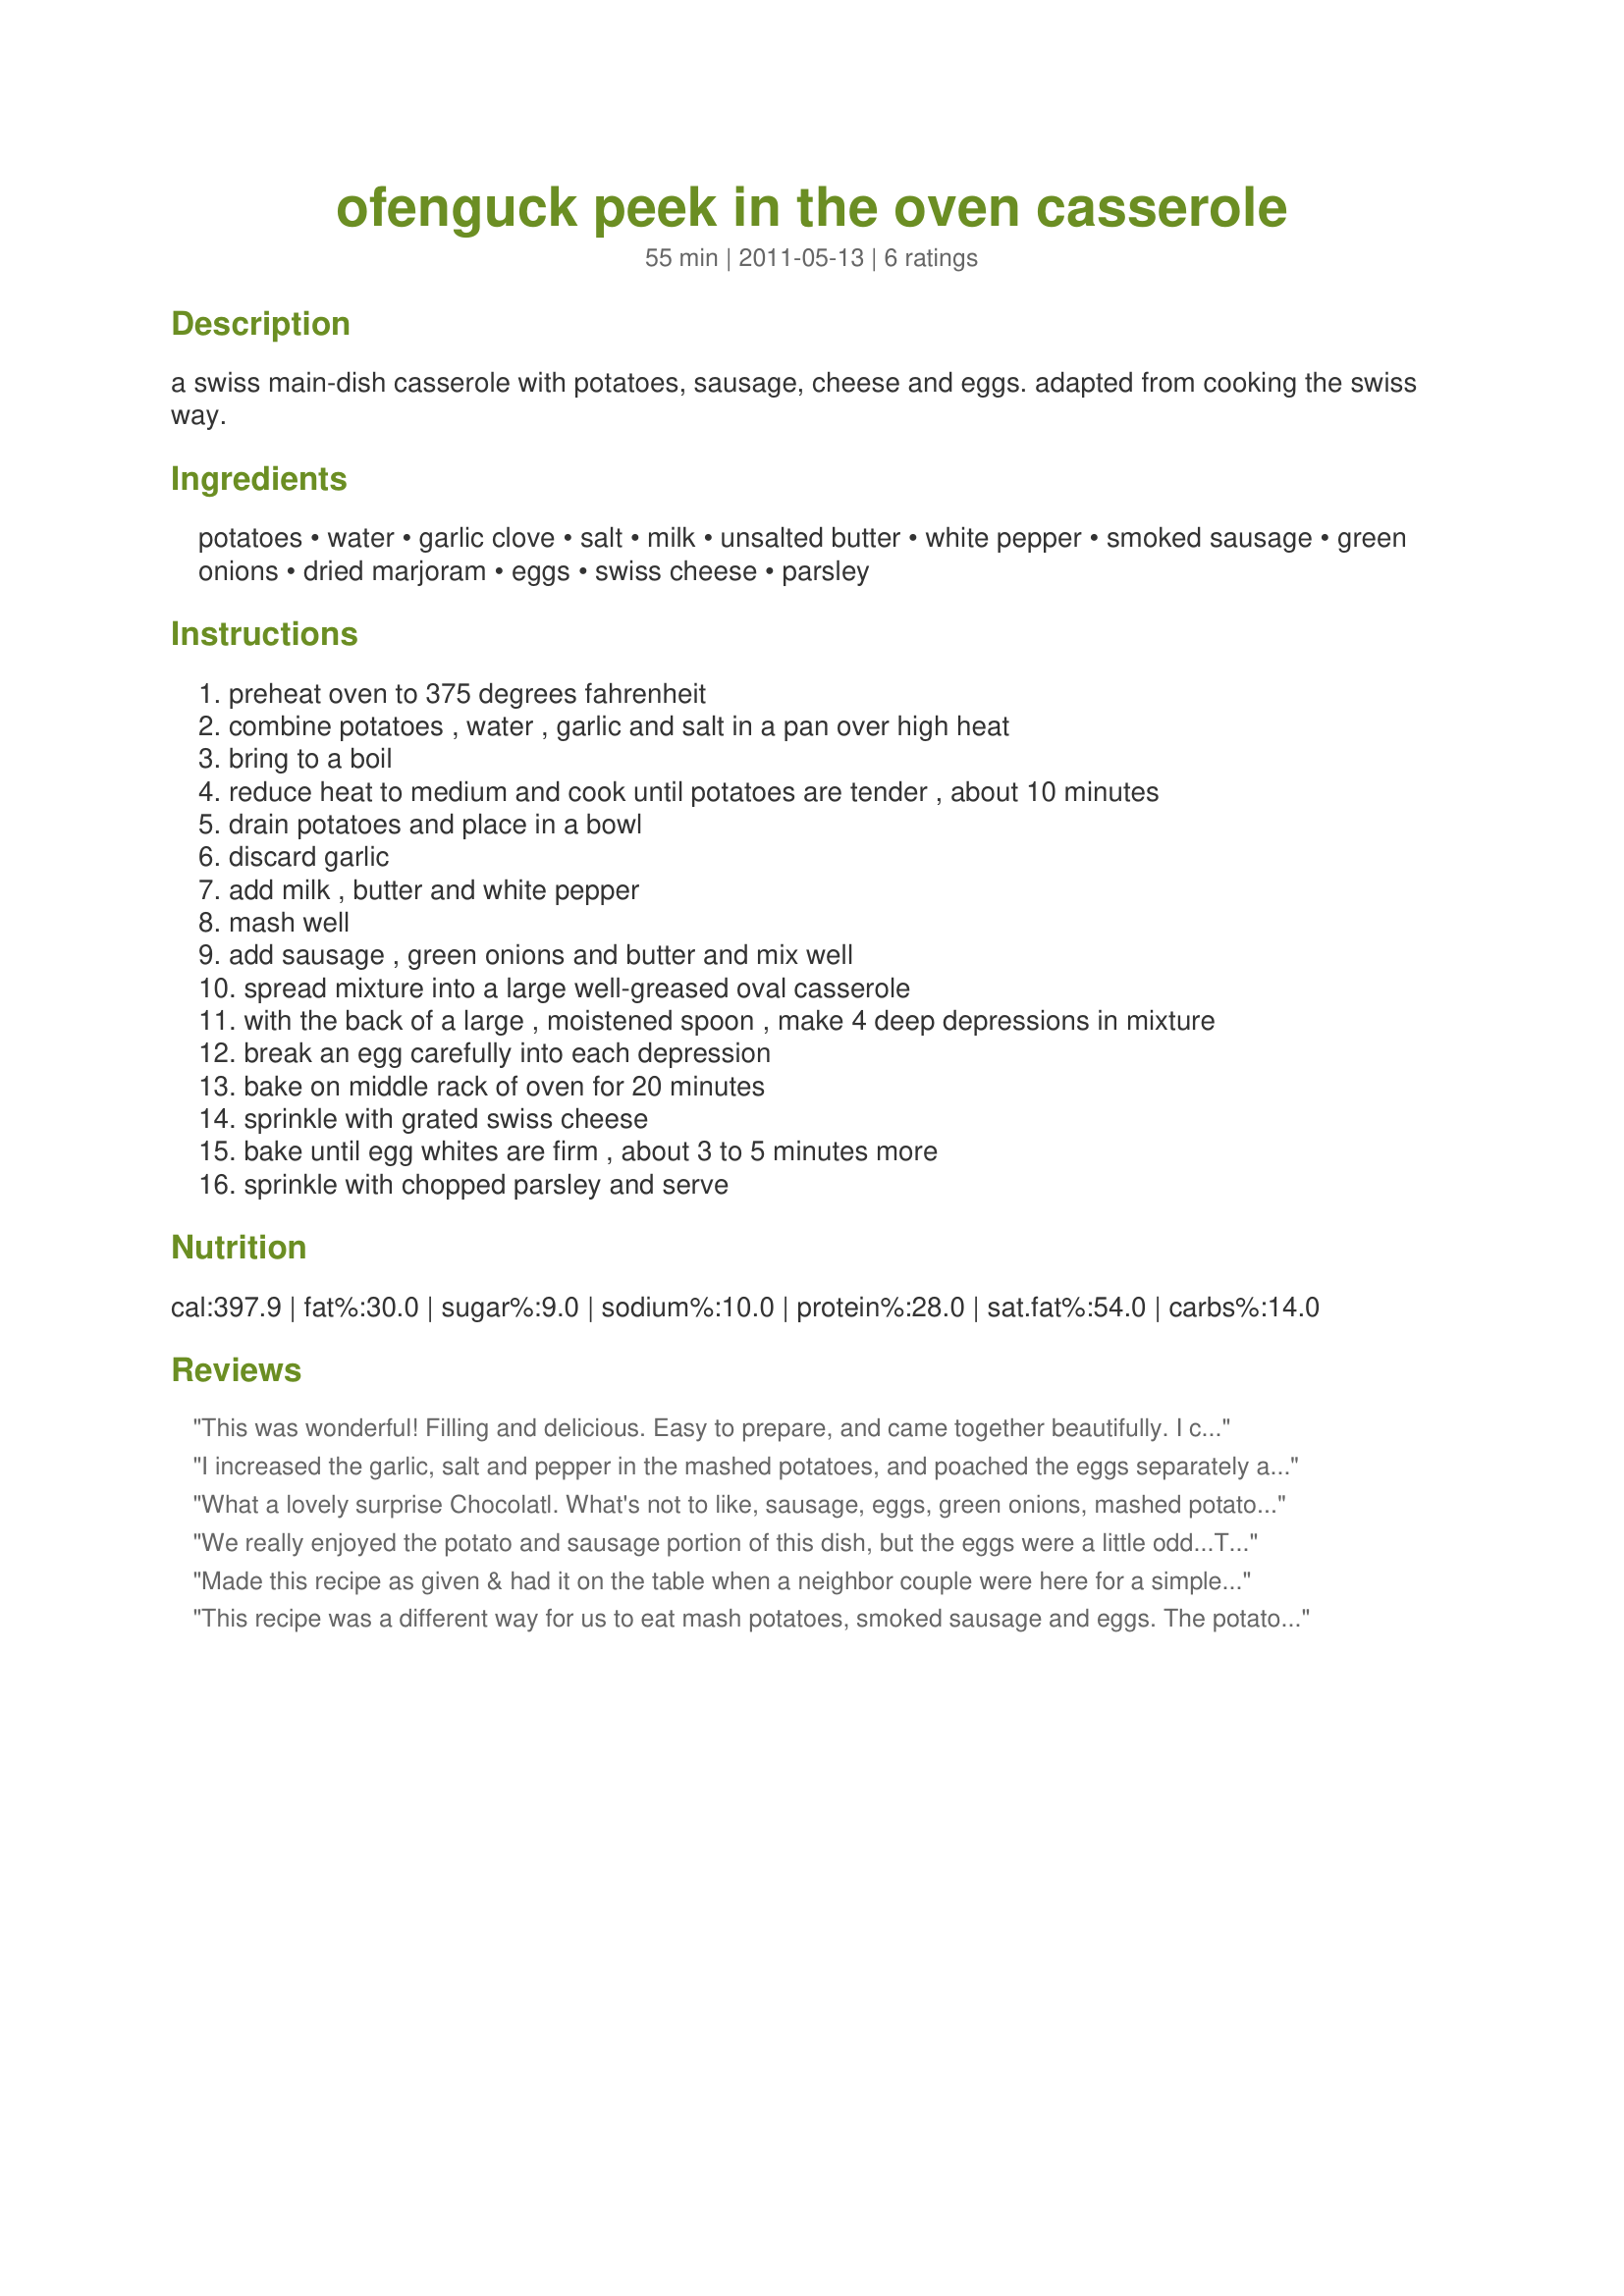
ofenguck peek in the oven casserole
Preparation time: 55 minutes

a swiss main-dish casserole with potatoes, sausage, cheese and eggs. adapted from cooking the swiss way.

Ingredients:
potatoes, water, garlic clove, salt, milk, unsalted butter, white pepper, smoked sausage, green onions, dried marjoram, eggs, swiss cheese, parsley

Steps:
preheat oven to 375 degrees fahrenheit, combine potatoes , water , garlic and salt in a pan over high heat, bring to a boil, reduce heat to medium and cook until potatoes are tender , about 10 minutes, drain potatoes and place in a bowl, discard garlic, add milk , butter and white pepper, mash well, add sausage , green onions and butter and mix well, spread mixture into a large well-greased oval casserole, with the back of a large , moistened spoon , make 4 deep depressions in mixture, break an egg carefully into each depression, bake on middle rack of oven for 20 minutes, sprinkle with grated swiss cheese, bake until egg whites are firm , about 3 to 5 minutes more, sprinkle with chopped parsley and serve

Reviews:
This was wonderful! Filling and delicious. Easy to prepare, and came together beautifully. I can also see this being a great way to use up leftover mashed potatoes too. Thanks for sharing!
I increased the garlic, salt and pepper in the mashed potatoes, and poached the eggs separately and added them after the casserole came out of the oven. Scarfed down in almost complete silence by the boys, which is a rare occurrence! Next time I'll add the cheese to the potatoes and try topping with a smoother melting cheese ... I really wasn't crazy about the texture of the Swiss on top, although I loved the flavor.
What a lovely surprise Chocolatl. What's not to like, sausage, eggs, green onions, mashed potatoes and cheese. It was quick and easy to make. It looked amazing and tasted even better. The flavor was excellent. Thanks for sharing a recipe that I will be making for my siblings when they come to visit. Made for ZWT7 for Witchin Kitchen.
We really enjoyed the potato and sausage portion of this dish, but the eggs were a little odd...The yolks came out similar to hard boiled and the whites were just barely set. I would make this again minus the eggs, it was still very flavorful. Made for ZWT-7~THE HOT PINK LADIES.
Made this recipe as given & had it on the table when a neighbor couple were here for a simple dinner! A very enjoyable & comforting dish, for sure! Thanks for sharing the recipe! [Tagged & made in Please Review My Recipe]
This recipe was a different way for us to eat mash potatoes, smoked sausage and eggs. The potatoes had lots of flavor from the smoked sausage. My eggs yolks were hard, not runny, but had a hard time getting the whites firm, so over cooked the eggs. Need to keep a close eye on the eggs after the first 20 minutes, unlike me who was doing a couple of other things and didn't get back quick enough before the eggs yolks got hard. Followed recipe as written. This is a easy recipe to make. Thank You. Made for ZWT7~Emerald City Shakers.
